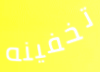
تخفينه